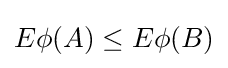
E\phi (A)\leq E\phi (B)